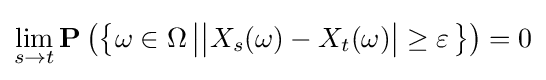
\lim _{s\to t}\mathbf {P} \left(\left\{\omega \in \Omega \left|{\big |}X_{s}(\omega )-X_{t}(\omega ){\big |}\geq \varepsilon \right.\right\}\right)=0